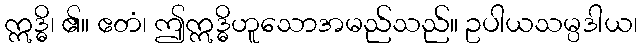
ဣဒ္ဓိ၊ ၏။ ဧတံ၊ ဤဣဒ္ဓိဟူသောအမည်သည်။ ဥပါယသမ္ပဒါယ၊